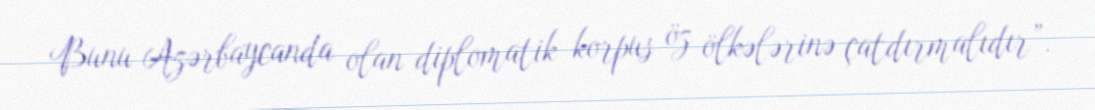
Bunu Azərbaycanda olan diplomatik korpus öz ölkələrinə çatdırmalıdır”.